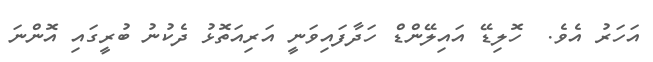
އަހަރު އެވެ.  ހޮލިޑޭ އައިލޭންޑް ހަދާފައިވަނީ އަރިއަތޮޅު ދެކުނު ބުރީގައި އޮންނަ